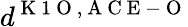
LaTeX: d^{\mathrm{~K~1~O~},\mathrm{~A~C~E~-~O~}}